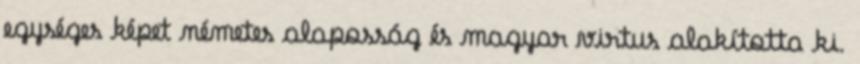
egységes képet németes alaposság és magyar virtus alakította ki.